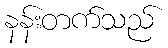
နန်းတက်သည်